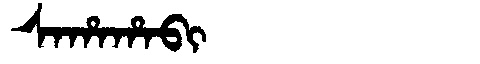
Manchu: ᠰᠠᡥᠠᡥᠠᠪᡳ
Romanization: SAHAHABI